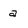
Character: a